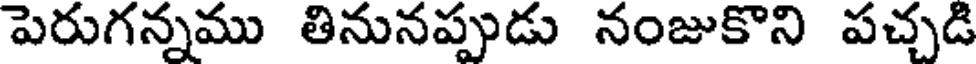
పెరుగన్నము తినునప్పుడు నంజుకొని పచ్చడి